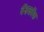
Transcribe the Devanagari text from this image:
बॅडकॉक